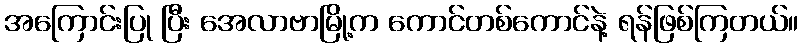
အကြောင်းပြု ပြီး အေလာဗာမြို့က ကောင်တစ်ကောင်နဲ့ ရန်ဖြစ်ကြတယ်။